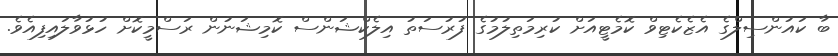
ބާ ކައުންސިލްގެ އެޒެކެޓިވް ކޮމެޓީއަށް ކުރިމަތިލުމުގެ ފުރުސަތު އިލެކްޝަންސް ކޮމިޝަނުން ރަސްމީކޮށް ހުޅުވާލައިފިއެވެ.